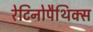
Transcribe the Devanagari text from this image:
रेटिनोपैथिक्स